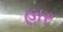
હાર